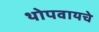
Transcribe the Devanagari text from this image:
थोपवायचे